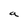
Character: a